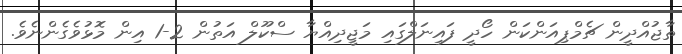
ތާޖުއްދީން ޗެމްޕިއަންކަން ހޯދީ ފައިނަލްގައި މަޖީދިއްޔާ ސްކޫލް އަތުން 2-1 އިން މޮޅުވެގެންނެވެ.